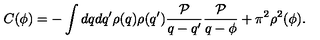
C ( \phi ) = - \int d q d q ^ { \prime } \rho ( q ) \rho ( q ^ { \prime } ) \frac { { \cal P } } { q - q ^ { \prime } } \frac { { \cal P } } { q - \phi } + \pi ^ { 2 } \rho ^ { 2 } ( \phi ) .